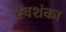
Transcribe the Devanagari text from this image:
स्वशंका